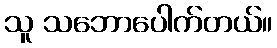
သူ သဘောပေါက်တယ်။